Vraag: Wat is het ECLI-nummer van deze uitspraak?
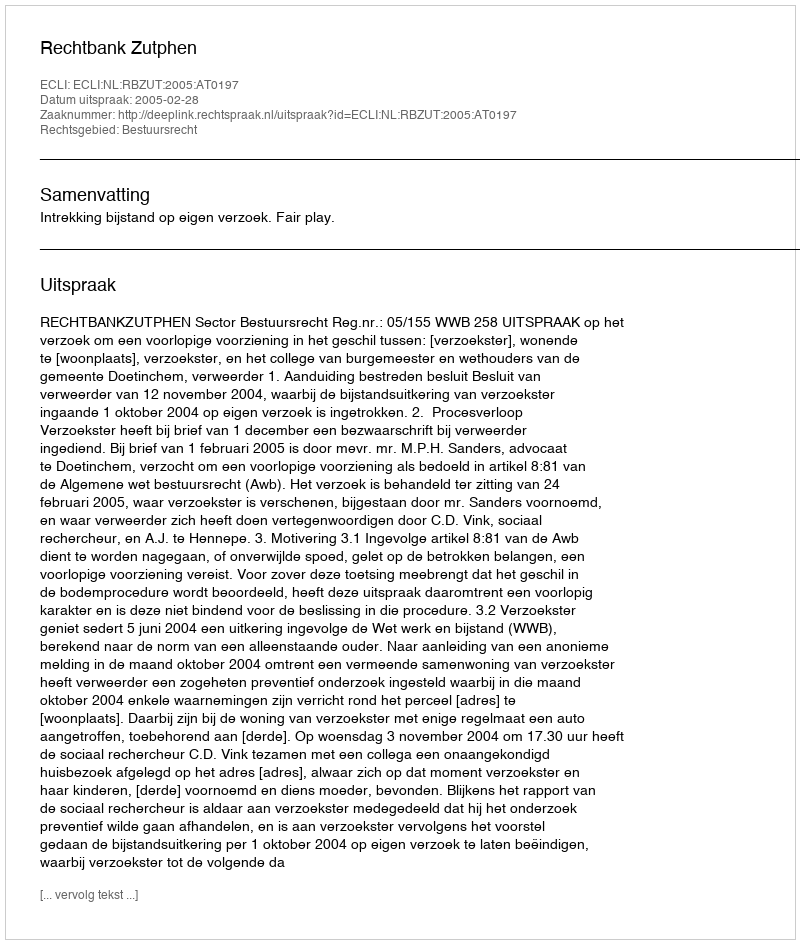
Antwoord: ECLI:NL:RBZUT:2005:AT0197